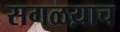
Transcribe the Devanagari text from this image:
सगळय़ाच